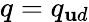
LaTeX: q=q_{\mathbf{u}d}